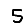
Digit: 5